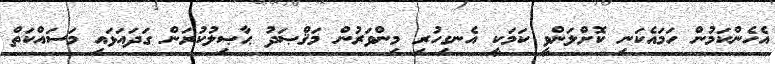
އެހެންކަމުން ހަމައެކަނި ކޮށްލަންވީ ކަމަކީ އެނގިހުރި މިންވަރުން މަޤްޞަދު ޙާޞިލުކުރަން ގަދައަޅައި މަސައްކަތް